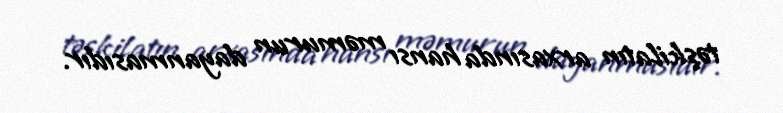
təşkilatın arxasında hansı məmurun dayanmasıdır.